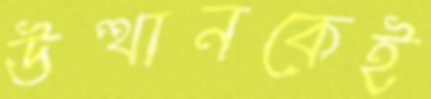
উত্থানকেই